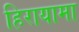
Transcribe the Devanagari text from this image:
हिरायामा